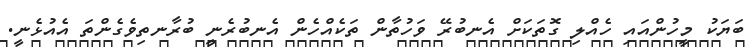
ބަޔަކު މީހުންއައި ހެއްލި ގޮތަކަށް އެނބުރޭ ވަހުތާން ތަކެއްހެން އެނބުރެނީ ބުރާނތިވެގެންތަ އެއުޅެނީ.